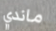
ماندي